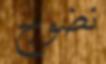
نضوج